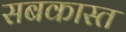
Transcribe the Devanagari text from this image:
सबकास्त